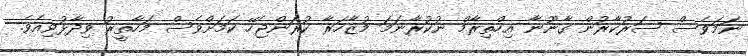
ނަމަވެސް ސަރުކާރުން ގާނޫނާ އިހްތިރާމް ނުކުރާނަމަ މުޒާހަރާ ކުރަންޖެހޭ ކަމަށްވެސް މަހާތީރު ވިދާޅުވިއެވެ.